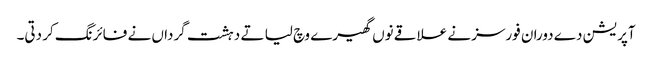
آپریشن دے دوران فورسز نے علاقے نوں گھیرے وچ لیا تے دہشت گرداں نے فائرنگ کر دتی۔